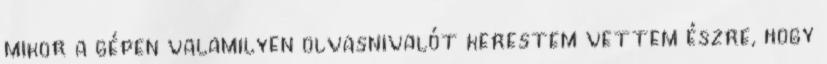
mikor a gépen valamilyen olvasnivalót kerestem vettem észre, hogy